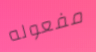
مفعوله